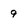
Character: 9